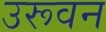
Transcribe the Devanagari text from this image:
उरूवन